Madras plague regulations and rules - Volume 2
Disease focus: Plague
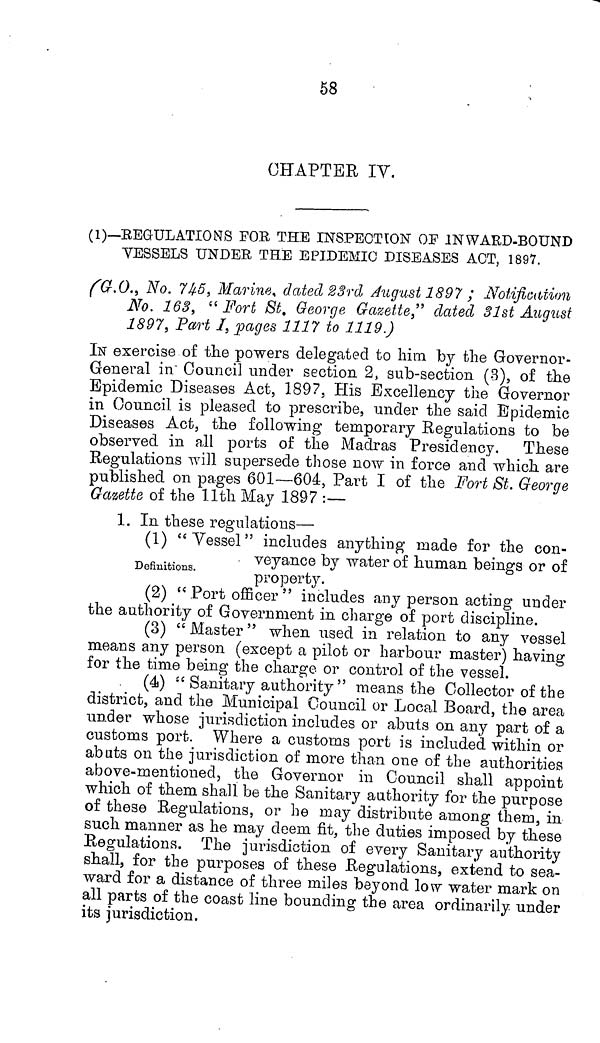
58
CHAPTER IV.
(1)—REGULATIONS FOB THE INSPECTION OF INWARD-BOUND
VESSELS UNDER THE EPIDEMIC DISEASES ACT, 1897.
(G.O., No. 745, Marine, dated 23rd August 1897 ; Notification
No. 163, "Fort St. George Gazette," dated 31st August
1897, Part I, pages 1117 to 1119.)
IN exercise of the powers delegated to him by the Governor-
General in Council under section 2, sub-section (3), of the
Epidemic Diseases Act, 1897, His Excellency the Governor
in Council is pleased to prescribe, under the said Epidemic
Diseases Act, the following temporary Regulations to be
observed in all ports of the Madras Presidency. These
Regulations will supersede those now in force and which are
published on pages 601—604, Part I of the Fort St. George
Gazette of the 11th May 1897 :—
Definitions.
1. In these regulations—
(1) "Vessel" includes anything made for the con-
veyance by water of human beings or of
property.
(2) "Port officer" includes any person acting under
the authority of Government in charge of port discipline.
(3) " Master " when used in relation to any vessel
means any person (except a pilot or harbour master) having
for the time being the charge or control of the vessel.
(4) " Sanitary authority " means the Collector of the
district, and the Municipal Council or Local Board, the area
under whose jurisdiction includes or abuts on any part of a
customs port. Where a customs port is included within or
abuts on the jurisdiction of more than one of the authorities
above-mentioned, the Governor in Council shall appoint
which of them shall be the Sanitary authority for the purpose
of these Regulations, or he may distribute among them, in
such manner as he may deem fit, the duties imposed by these
Regulations. The jurisdiction of every Sanitary authority
shall, for the purposes of these Regulations, extend to sea-
ward for a distance of three miles beyond low water mark on
all parts of the coast line bounding the area ordinarily under
its jurisdiction.